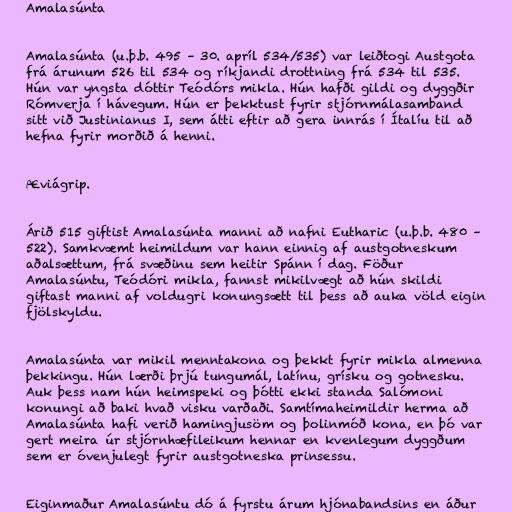
Amalasúnta

Amalasúnta (u.þ.b. 495 – 30. apríl 534/535) var leiðtogi Austgota
frá árunum 526 til 534 og ríkjandi drottning frá 534 til 535.
Hún var yngsta dóttir Teódórs mikla. Hún hafði gildi og dyggðir
Rómverja í hávegum. Hún er þekktust fyrir stjórnmálasamband
sitt við Justinianus I, sem átti eftir að gera innrás í Ítalíu til að
hefna fyrir morðið á henni.

Æviágrip.

Árið 515 giftist Amalasúnta manni að nafni Eutharic (u.þ.b. 480 –
522). Samkvæmt heimildum var hann einnig af austgotneskum
aðalsættum, frá svæðinu sem heitir Spánn í dag. Föður
Amalasúntu, Teódóri mikla, fannst mikilvægt að hún skildi
giftast manni af voldugri konungsætt til þess að auka völd eigin
fjölskyldu.

Amalasúnta var mikil menntakona og þekkt fyrir mikla almenna
þekkingu. Hún lærði þrjú tungumál, latínu, grísku og gotnesku.
Auk þess nam hún heimspeki og þótti ekki standa Salómoni
konungi að baki hvað visku varðaði. Samtímaheimildir herma að
Amalasúnta hafi verið hamingjusöm og þolinmóð kona, en þó var
gert meira úr stjórnhæfileikum hennar en kvenlegum dyggðum
sem er óvenjulegt fyrir austgotneska prinsessu.

Eiginmaður Amalasúntu dó á fyrstu árum hjónabandsins en áður